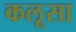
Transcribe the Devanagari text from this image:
कलूसा